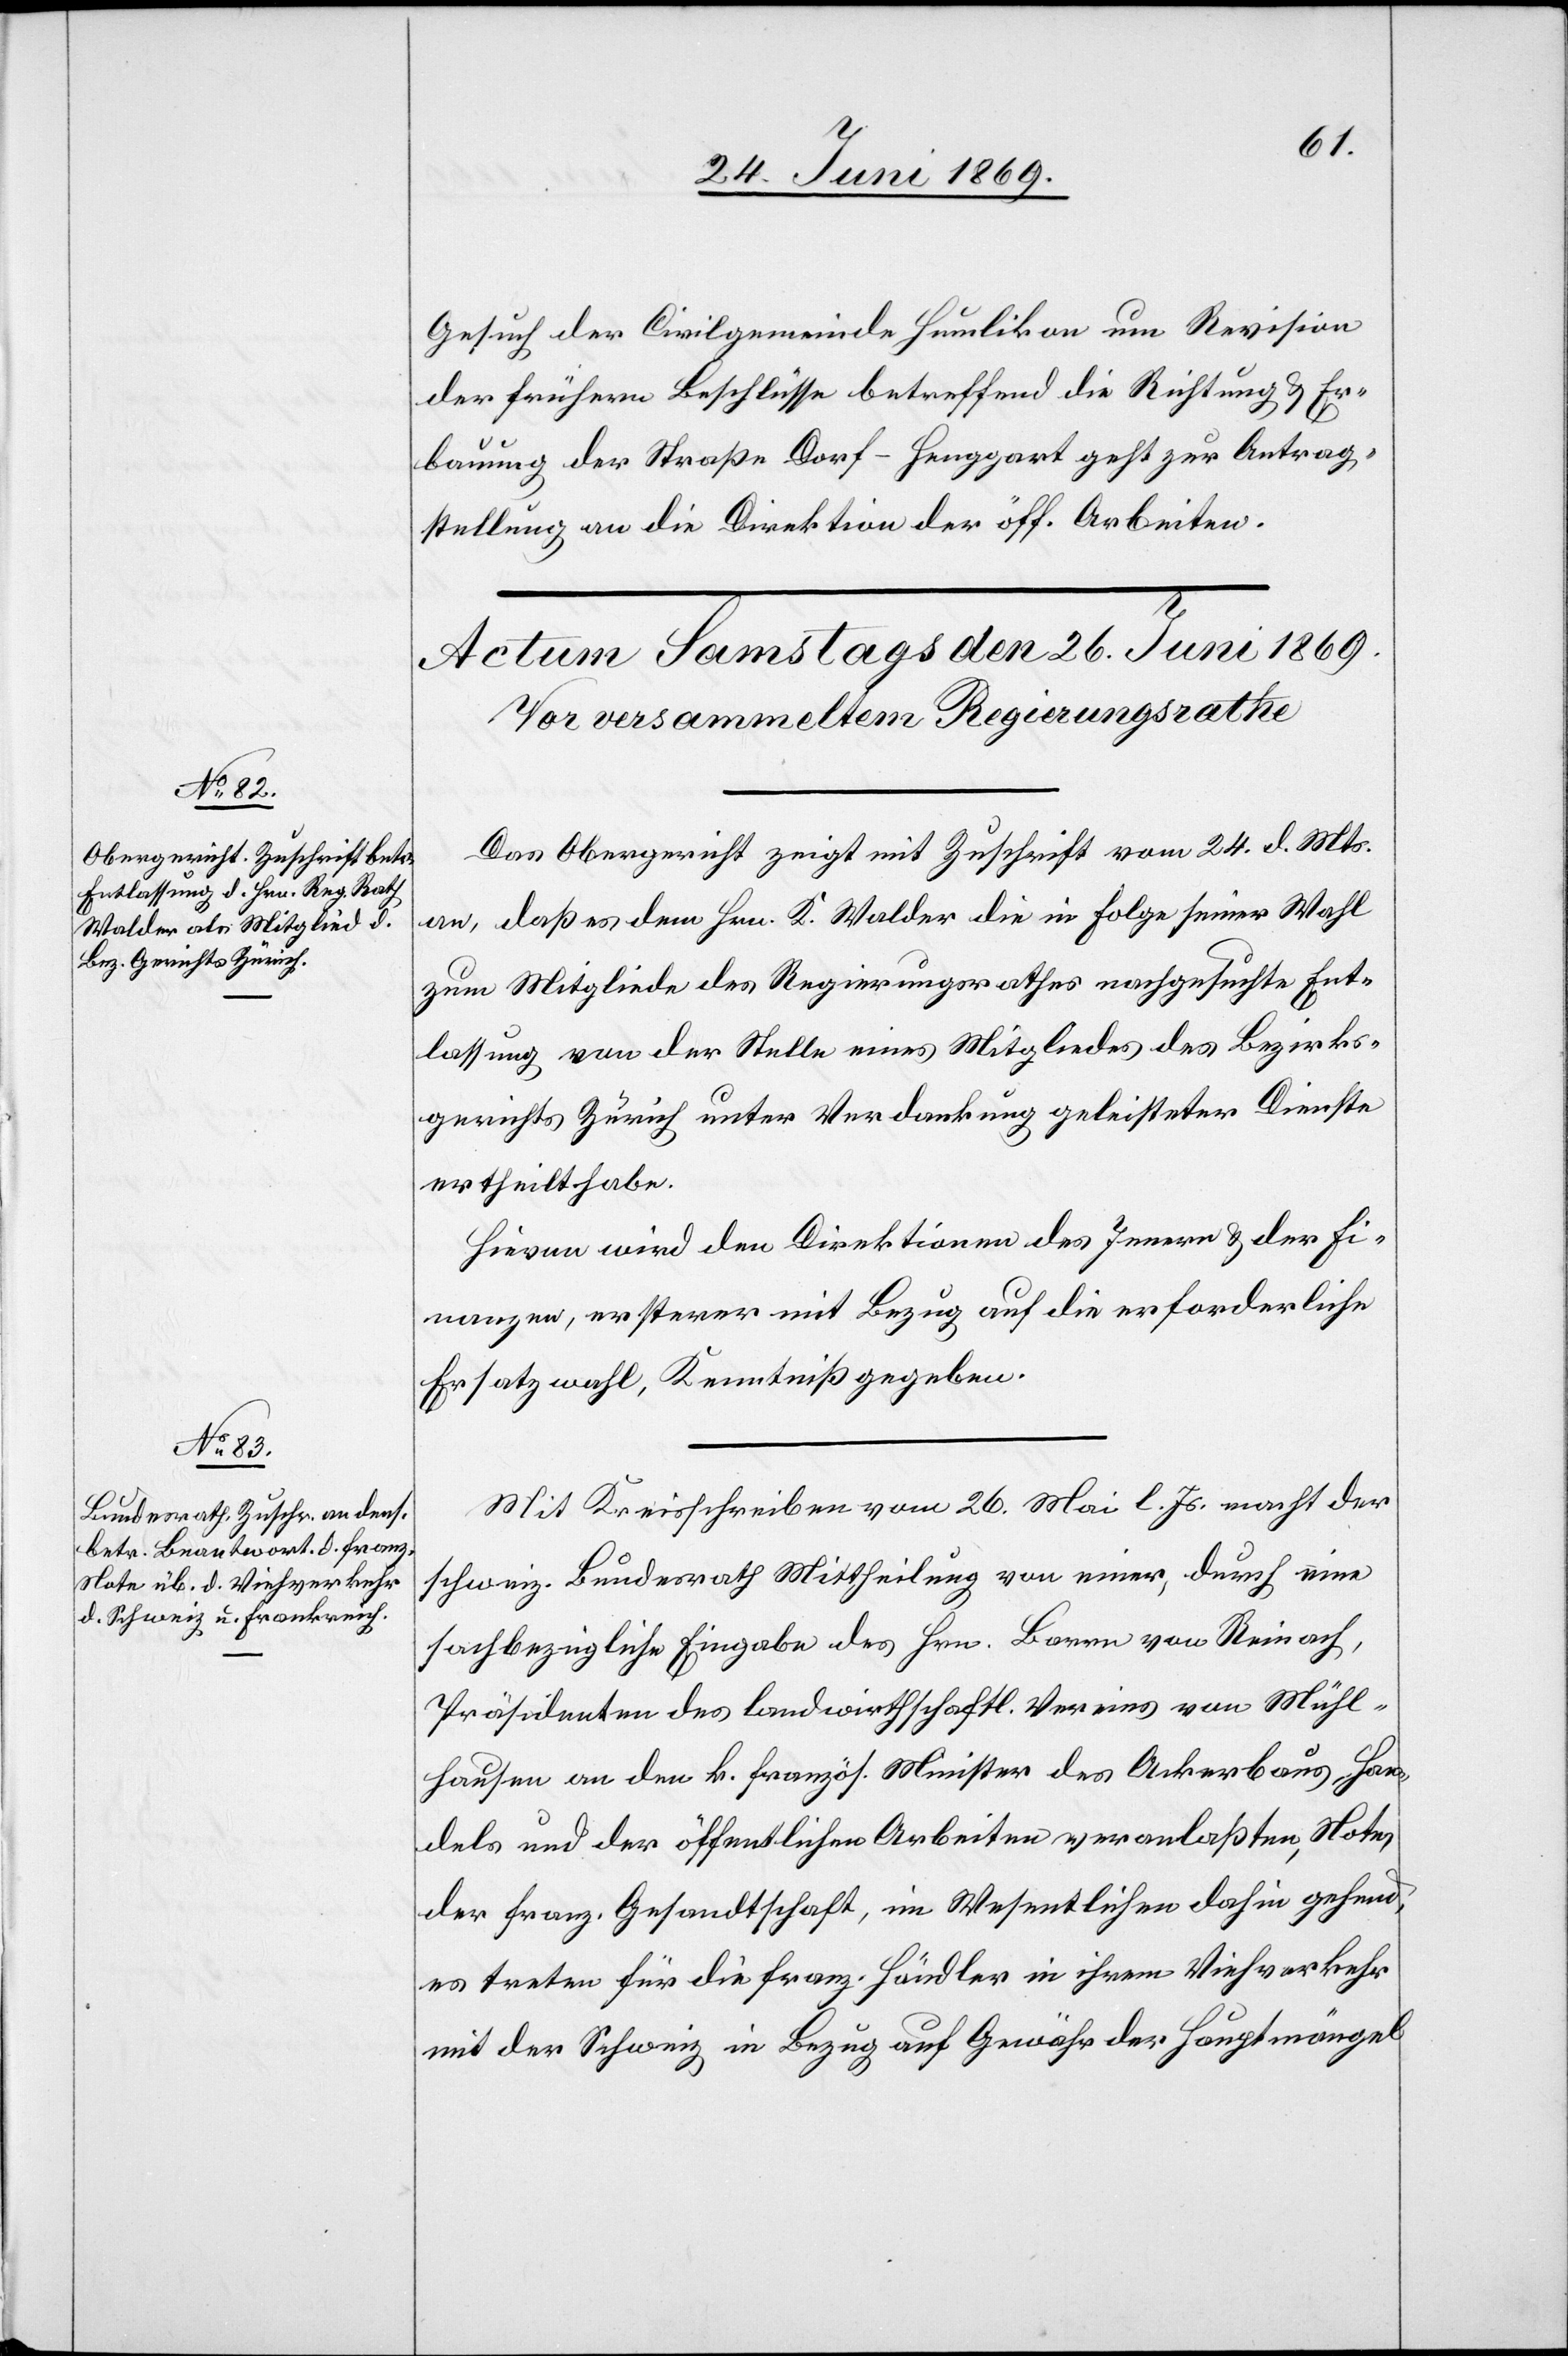
Gesuch der Civilgemeinde Humlikon um Revision
der frühern Beschlüsse betreffend die Richtung u. Er¬
bauung der Straße Dorf - Henggart geht zur Antrag¬
stellung an die Direktion der öff. Arbeiten.
Das Obergericht zeigt mit Zuschrift vom 24. d. Mts.
an, daß es dem Hrn. K. Walder die in Folge seiner Wahl
zum Mitgliede des Regierungsrathes nachgesuchte Ent¬
lassung von der Stelle eines Mitgliedes des Bezirks¬
gerichts Zürich unter Verdankung geleisteter Dienste
ertheilt habe.
Hievon wird den Direktionen des Innern u. der Fi¬
nanzen, ersterer mit Bezug auf die erforderliche
Ersatzwahl, Kenntniß gegeben.
Mit Kreisschreiben vom 26 Mai l. Js. macht der
schweiz. Bundesrath Mittheilung von einer, durch eine
sachbezügliche Eingabe des Hrn. Borrn von Reinach,
Präsidenten des landwirthschaftl. Vereins von Mühl¬
hausen an den k. französ. Meister des Ackerbaus, Han¬
dels und der öffentlichen Arbeiten veranlaßten Note,
der franz. Gesandtschaft, im Wesentlichen dahin gehend,
es treten für die franz. Händler in ihrem Viehverkehr
mit der Schweiz in Bezug auf Gewähr der Hauptmängel